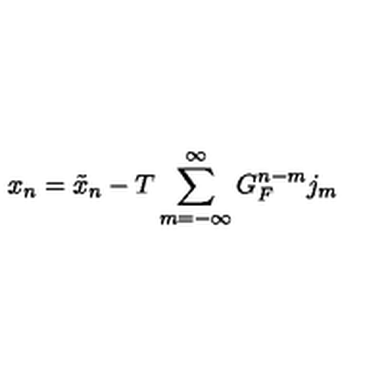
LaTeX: x _ { n } = \tilde { x } _ { n } - T \sum _ { m = - \infty } ^ { \infty } G _ { F } ^ { n - m } j _ { m }